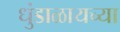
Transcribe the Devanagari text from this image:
धुंडाळायच्या